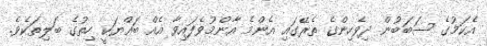
އެކަމުގެ ސަބަބުން ދިވެހިންގެ ތެރޭގައި އެންމެ އާންމުވެފައިވާ އެއް ބައްޔަކީ ހިތުގެ ބަލިތަކެވެ.